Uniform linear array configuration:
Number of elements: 16
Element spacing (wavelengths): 0.75
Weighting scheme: cosine
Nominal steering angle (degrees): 60
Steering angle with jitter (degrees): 59.803
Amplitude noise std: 0.05
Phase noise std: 0.05

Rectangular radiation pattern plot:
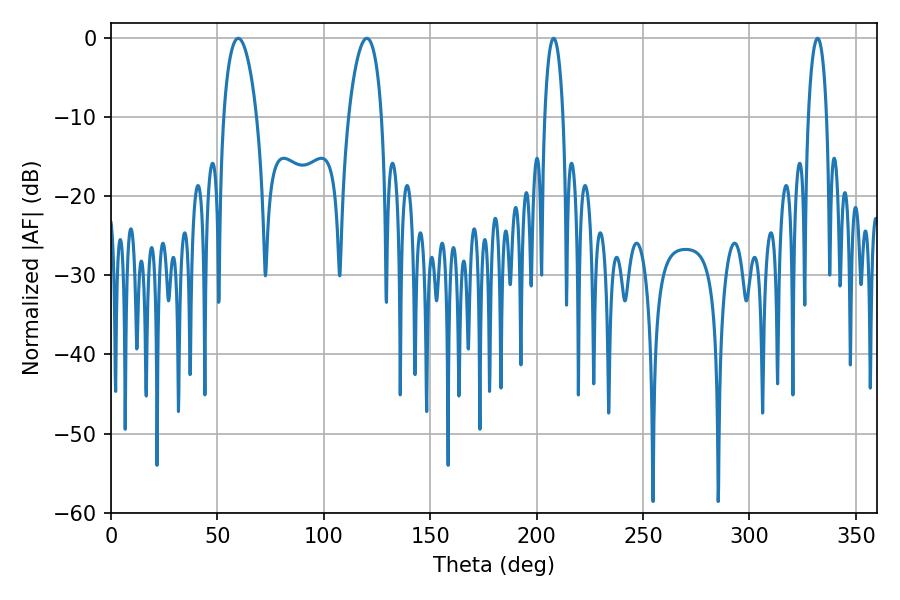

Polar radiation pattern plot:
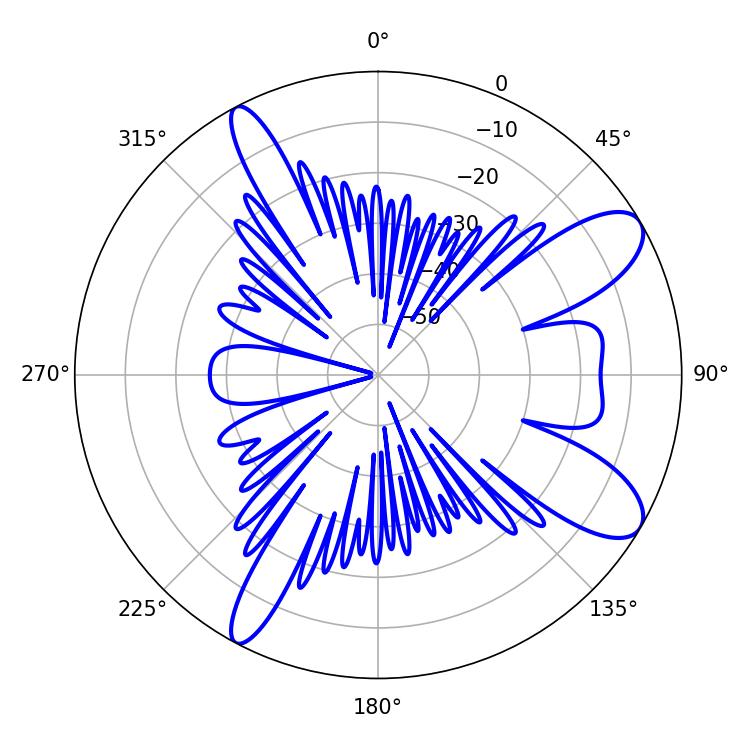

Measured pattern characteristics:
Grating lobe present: TRUE
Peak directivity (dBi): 9.84
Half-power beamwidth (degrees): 8.82
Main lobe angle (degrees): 59.76